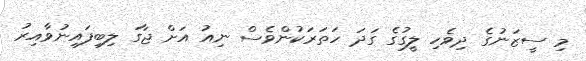
މި ސީޒަނުގެ ދިވެހި ލީގުގެ ގަދަ ހަތަރަކުންވެސް ނިއު އަށް ޖާގަ ލިބިފައިނުވާއިރު